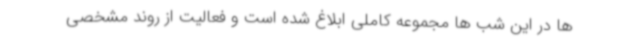
ها در این شب ها مجموعه کاملی ابلاغ شده است و فعالیت از روند مشخصی